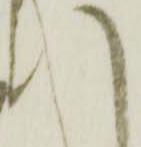
い